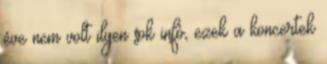
éve nem volt ilyen sok infó, ezek a koncertek